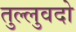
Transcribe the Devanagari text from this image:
तुल्लुवदो